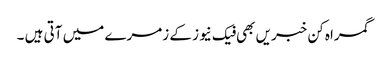
گمراہ کن خبریں بھی فیک نیوز کے زمرے میں آتی ہیں ۔